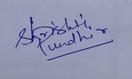
Signature authenticity: genuine